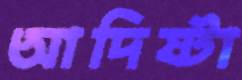
আদিষ্টা